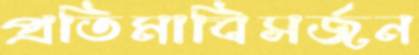
প্রতিমাবিসর্জন